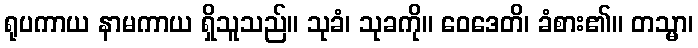
ရုပကာယ နာမကာယ ရှိသူသည်။ သုခံ၊ သုခကို။ ဝေဒေတိ၊ ခံစား၏။ တသ္မာ၊